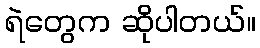
ရဲတွေက ဆိုပါတယ်။